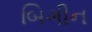
બિગીન